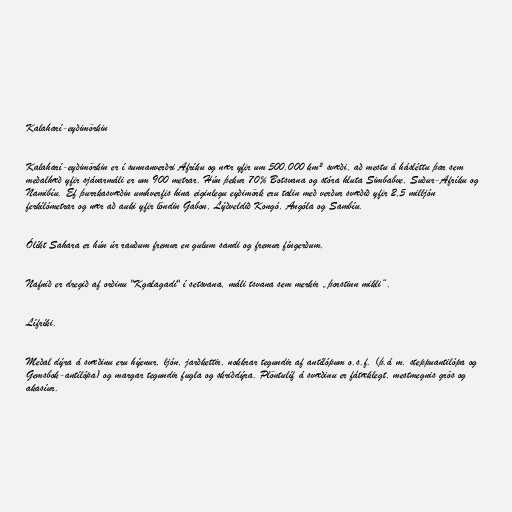
Kalaharí-eyðimörkin

Kalaharí-eyðimörkin er í sunnanverðri Afríku og nær yfir um 500.000 km² svæði, að mestu á hásléttu þar sem
meðalhæð yfir sjávarmáli er um 900 metrar. Hún þekur 70% Botsvana og stóra hluta Simbabve, Suður-Afríku og
Namibíu. Ef þurrkasvæðin umhverfis hina eiginlegu eyðimörk eru talin með verður svæðið yfir 2,5 milljón
ferkílómetrar og nær að auki yfir löndin Gabon, Lýðveldið Kongó, Angóla og Sambíu.

Ólíkt Sahara er hún úr rauðum fremur en gulum sandi og fremur fíngerðum.

Nafnið er dregið af orðinu "Kgalagadi" í setsvana, máli tsvana sem merkir „þorstinn mikli“.

Lífríki.

Meðal dýra á svæðinu eru hýenur, ljón, jarðkettir, nokkrar tegundir af antílópum o.s.f. (þ.á m. steppuantilópa og
Gemsbok-antílópa) og margar tegundir fugla og skriðdýra. Plöntulíf á svæðinu er fátæklegt, mestmegnis grös og
akasíur.